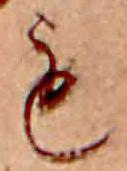
も